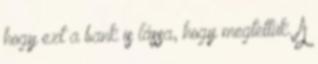
hogy ezt a bank is lássa, hogy megtettük. A